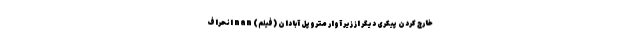
خارج کردن پیکری دیگر از زیر آوار متروپل آبادان (فیلم) nan انحراف